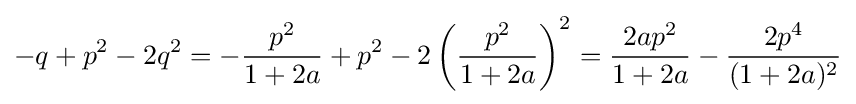
-q+p^{2}-2q^{2}=-{\frac {p^{2}}{1+2a}}+p^{2}-2\left({\frac {p^{2}}{1+2a}}\right)^{2}={\frac {2ap^{2}}{1+2a}}-{\frac {2p^{4}}{(1+2a)^{2}}}